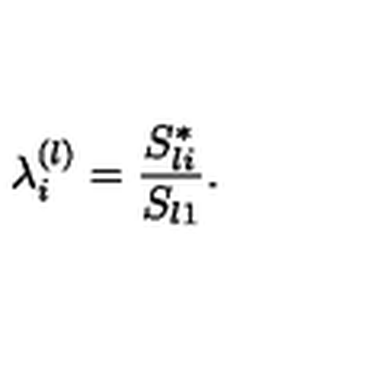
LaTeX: \lambda _ { i } ^ { ( l ) } = \frac { S _ { l i } ^ { * } } { S _ { l 1 } } .